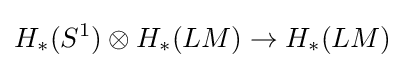
H_{*}(S^{1})\otimes H_{*}(LM)\to H_{*}(LM)